Investigations on Bengal jail dietaries - Number 37
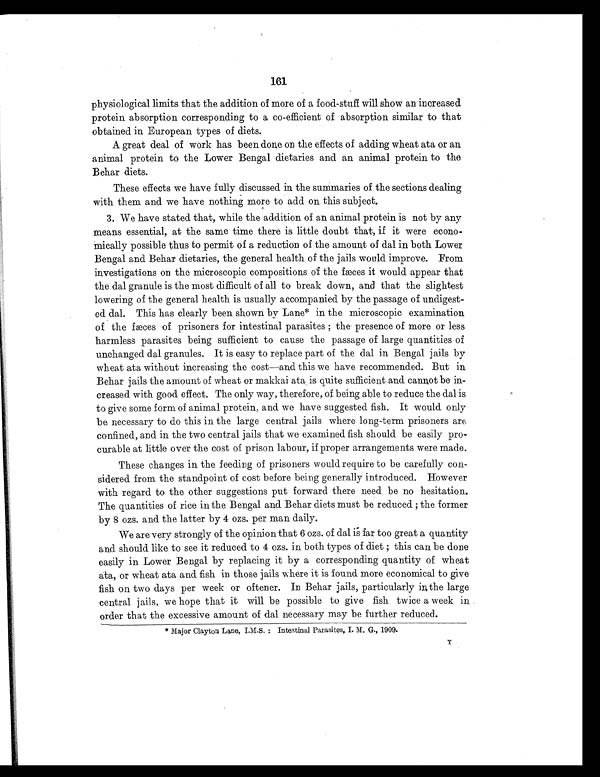
161
physiological limits that the addition of more of a food-stuff will show an increased
protein absorption corresponding to a co-efficient of absorption similar to that
obtained in European types of diets.
A great deal of work has been done on the effects of adding wheat ata or an
animal protein to the Lower Bengal dietaries and an animal protein to the
Behar diets.
These effects we have fully discussed in the summaries of the sections dealing
with them and we have nothing more to add on this subject.
3. We have stated that, while the addition of an animal protein is not by any
means essential, at the same time there is little doubt that, if it were econo-
mically possible thus to permit of a reduction of the amount of dal in both Lower
Bengal and Behar dietaries, the general health of the jails would improve. From
investigations on the microscopic compositions of the fæces it would appear that
the dal granule is the most difficult of all to break down, and that the slightest
lowering of the general health is usually accompanied by the passage of undigest-
ed dal. This has clearly been shown by Lane* in the microscopic examination
of the fæces of prisoners for intestinal parasites ; the presence of more or less
harmless parasites being sufficient to cause the passage of large quantities of
unchanged dal granules. It is easy to replace part of the dal in Bengal jails by
wheat ata without increasing the cost—and this we have recommended. But in
Behar jails the amount of wheat or makkai ata is quite sufficient and cannot be in-
creased with good effect. The only way, therefore, of being able to reduce the dal is
to give some form of animal protein, and we have suggested fish. It would only
be necessary to do this in the large central jails where long-term prisoners are
confined, and in the two central jails that we examined fish should be easily pro-
curable at little over the cost of prison labour, if proper arrangements were made.
These changes in the feeding of prisoners would require to be carefully con-
sidered from the standpoint of cost before being generally introduced. However
with regard to the other suggestions put forward there need be no hesitation.
The quantities of rice in the Bengal and Behar diets must be reduced ; the former
by 8 ozs. and the latter by 4 ozs. per man daily.
We are very strongly of the opinion that 6 ozs. of dal is far too great a quantity
and should like to see it reduced to 4 ozs. in both types of diet ; this can be done
easily in Lower Bengal by replacing it by a corresponding quantity of wheat
ata, or wheat ata and fish in those jails where it is found more economical to give
fish on two days per week or oftener. In Behar jails, particularly in the large
central jails, we hope that it will be possible to give fish twice a week in
order that the excessive amount of dal necessary may be further reduced.
* Major Clayton Lane, I.M.S. : Intestinal Parasites, I. M. G., 1909.